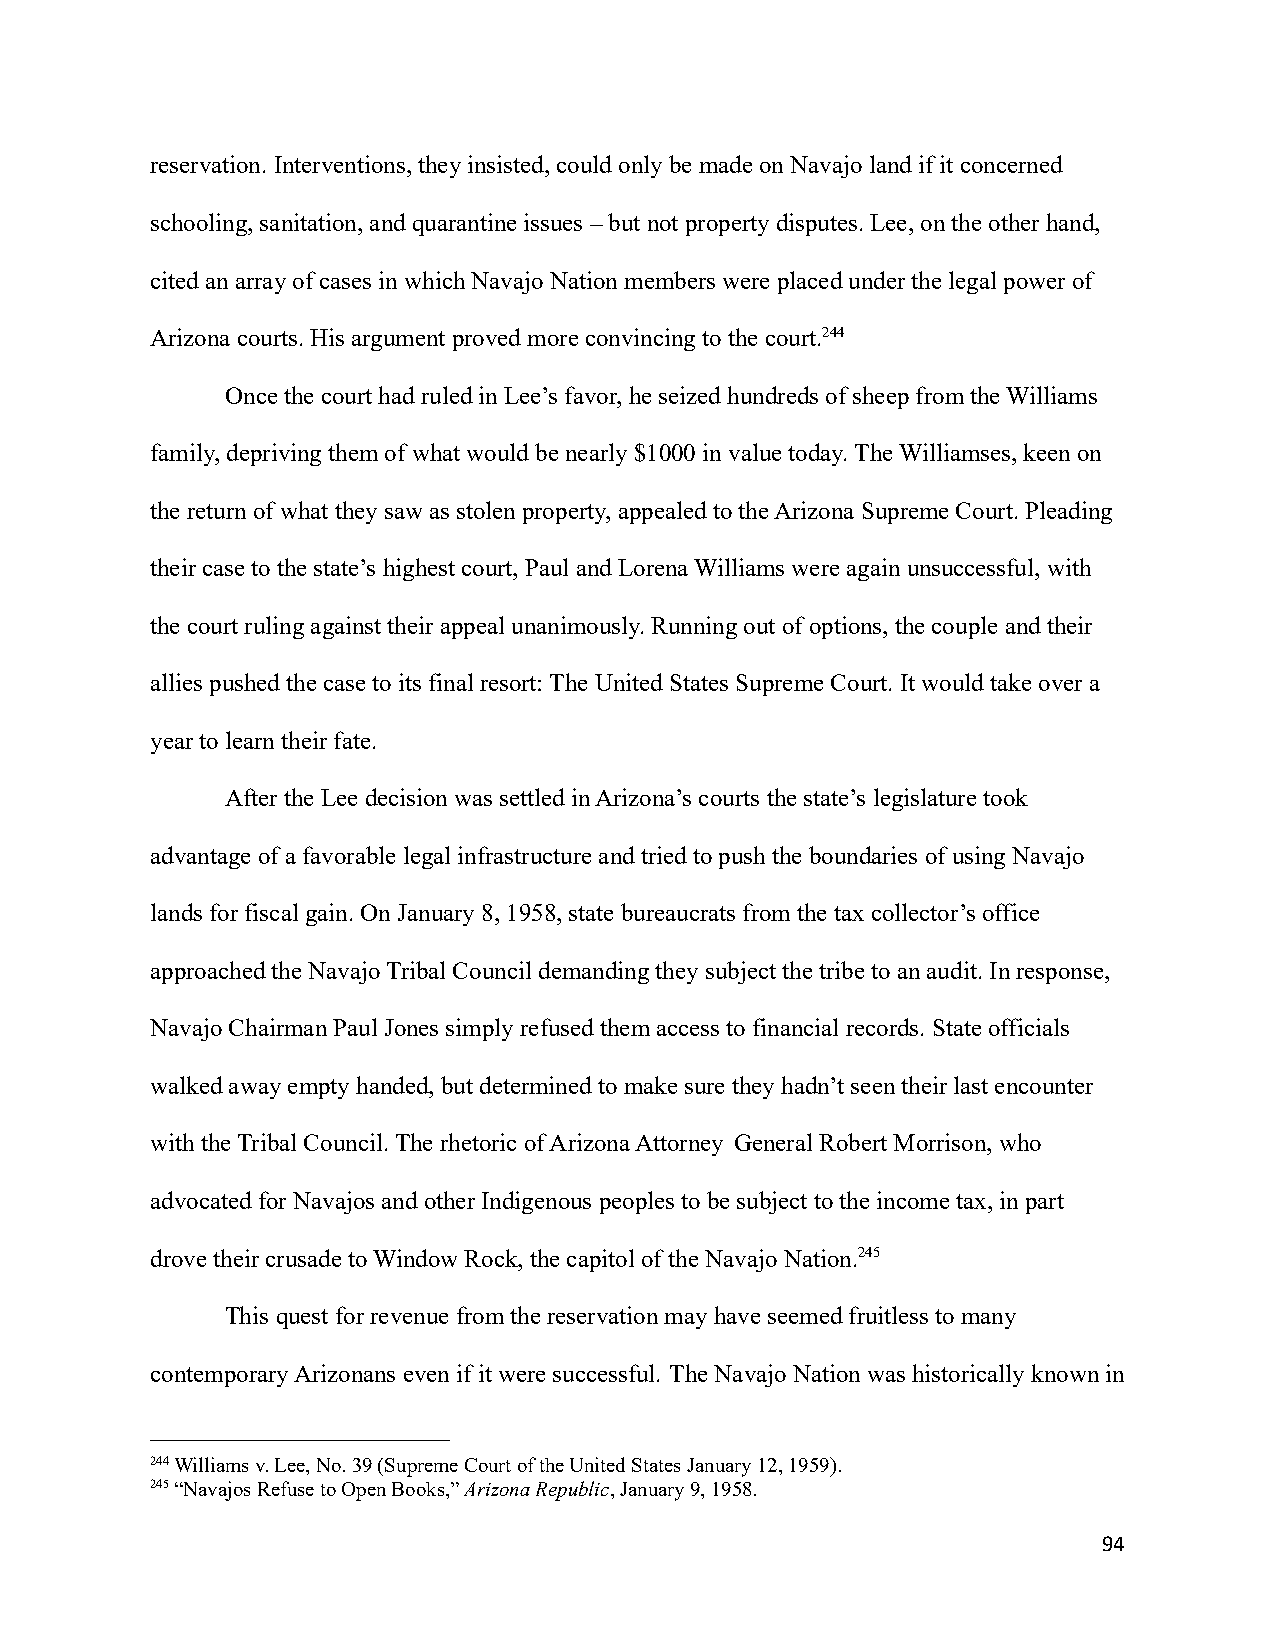
reservation. Interventions, they insisted, could only be made on Navajo land if it concerned
 schooling, sanitation, and quarantine issues – but not property disputes. Lee, on the other hand,
 cited an array of cases in which Navajo Nation memberswere placed under the legal power of
 Arizona courts. His argument proved more convincingto the court.244
 Once the court had ruled in Lee’s favor, he seizedhundreds of sheep from the Williams
 family, depriving them of what would be nearly $1000in value today. The Williamses, keen on
 the return of what they saw as stolen property, appealedto the Arizona Supreme Court. Pleading
 their case to the state’s highest court, Paul andLorena Williams were again unsuccessful, with
 the court ruling against their appeal unanimously.Running out of options, the couple and their
 allies pushed the case to its final resort: The United States Supreme Court. It would take over a
 year to learn their fate.
 After the Lee decision was settled in Arizona’s courts the state’s legislature took
 advantage of a favorable legal infrastructure andtried to push the boundaries of using Navajo
 lands for fiscal gain. On January 8, 1958, state bureaucratsfrom the tax collector’s office
 approached the Navajo Tribal Council demanding they subject the tribe to an audit. In response,
 Navajo Chairman Paul Jones simply refused them accessto financial records. State officials
 walked away empty handed, but determined to make surethey hadn’t seen their last encounter
 with the Tribal Council. The rhetoric of Arizona Attorney General Robert Morrison, who
 advocated for Navajos and other Indigenous peoplesto be subject to the income tax, in part
 drove their crusade to Window Rock, the capitol of the Navajo Nation.245
 This quest for revenue from the reservation may haveseemed fruitless to many
 contemporary Arizonans even if it were successful. The Navajo Nation was historically known in
 244Williams v. Lee, No. 39 (Supreme Court of the UnitedStates January 12, 1959).
 245“Navajos Refuse to Open Books,”Arizona Republic,January 9, 1958.
 94